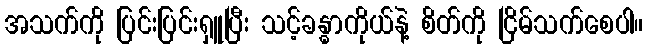
အသက်ကို ပြင်းပြင်းရှူပြီး သင့်ခန္ဓာကိုယ်နဲ့ စိတ်ကို ငြိမ်သက်စေပါ။